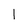
Character: l